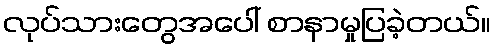
လုပ်သားတွေအပေါ် စာနာမှုပြခဲ့တယ်။